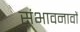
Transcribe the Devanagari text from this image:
संभावनावों